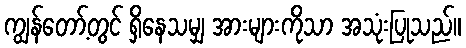
ကျွန်တော့်တွင် ရှိနေသမျှ အားများကိုသာ အသုံးပြုသည်။